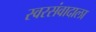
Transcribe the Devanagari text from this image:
स्वरसंवादाला